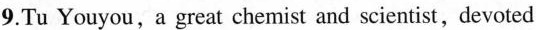
9.Tu Youyou,a great chemist and scientist,devoted